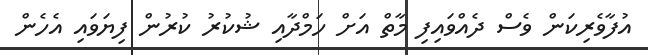
އުފާވެރިކަން ވެސް ދެއްވައިފި މާތް އަށް ހަމްދާއި ޝުކުރު ކުރުން ފިޔަވައި އެހެން